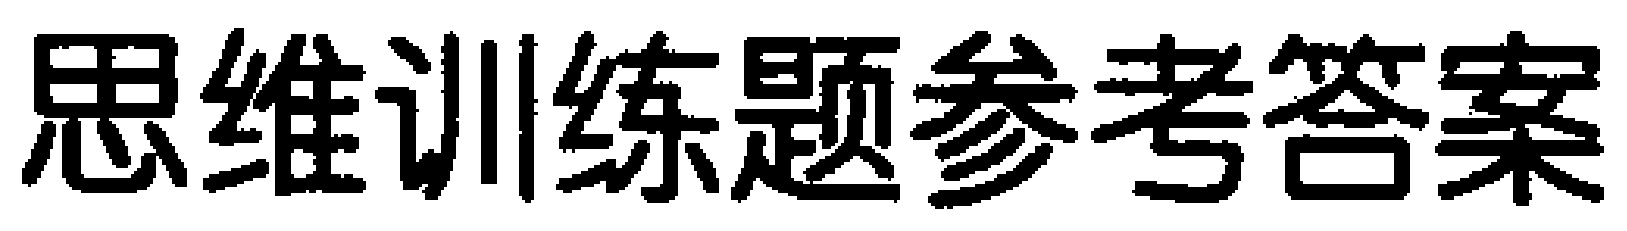
思维训练题参考答案